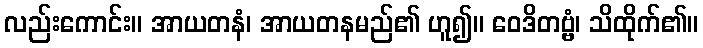
လည်းကောင်း။ အာယတနံ၊ အာယတနမည်၏ ဟူ၍။ ဝေဒိတဗ္ဗံ၊ သိထိုက်၏။